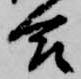
合